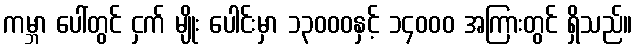
ကမ္ဘာ ပေါ်တွင် ငှက် မျိုး ပေါင်းမှာ ၁၃၀၀၀နှင့် ၁၄၀၀၀ အကြားတွင် ရှိသည်။